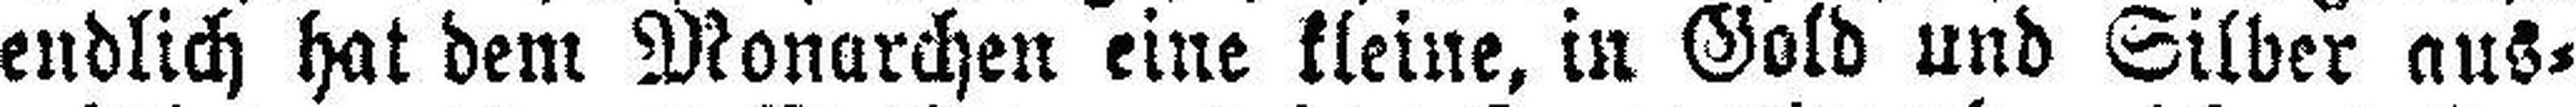
endlich hat dem Monarchen eine kleine, in Gold und Silber aus¬